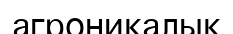
агроникалық